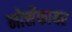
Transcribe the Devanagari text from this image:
नोर्सेफायर